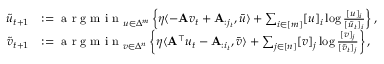
\begin{array} { r l } { \tilde { u } _ { t + 1 } } & { : = \textup { a r g m i n } _ { u \in \Delta ^ { m } } \left\{ \eta \langle - \mathbf { A } v _ { t } + \mathbf { A } _ { : j _ { t } } , \bar { u } \rangle + \sum _ { i \in [ m ] } [ u ] _ { i } \log \frac { [ u ] _ { i } } { [ \tilde { u } _ { t } ] _ { i } } \right\} , } \\ { \tilde { v } _ { t + 1 } } & { : = \textup { a r g m i n } _ { v \in \Delta ^ { n } } \left\{ \eta \langle \mathbf { A } ^ { \top } u _ { t } - \mathbf { A } _ { : i _ { t } } , \bar { v } \rangle + \sum _ { j \in [ n ] } [ v ] _ { j } \log \frac { [ v ] _ { j } } { [ \tilde { v } _ { t } ] _ { j } } \right\} , } \end{array}